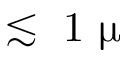
\lesssim ~ 1 ~ \upmu